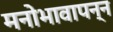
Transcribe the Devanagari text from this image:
मनोभावापन्न